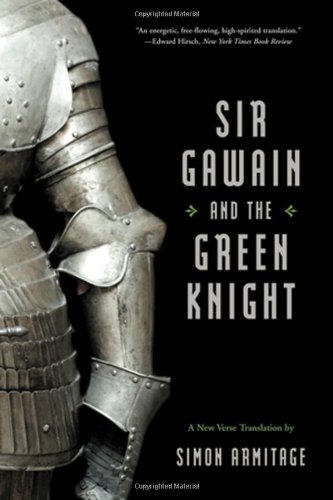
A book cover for Sir Gawain and the Green Knight (A New Verse Translation); Simon Armitage; Literature & Fiction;